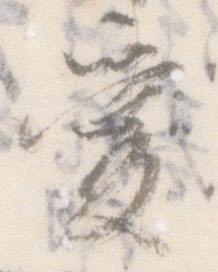
愛